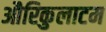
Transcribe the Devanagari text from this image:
औरिकुलाटम